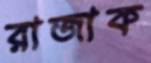
রাজাক